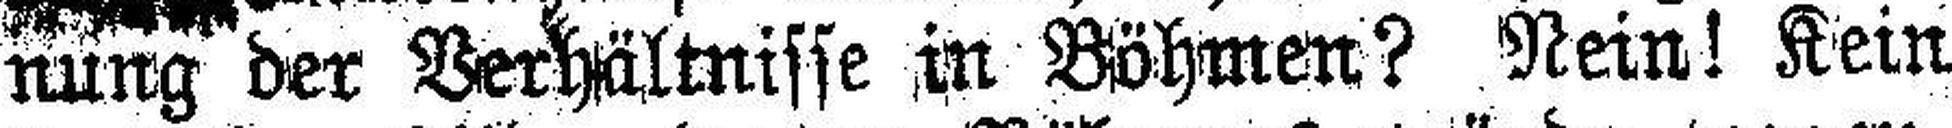
nung der Verhältnisse in Böhmen? Nein! Kein